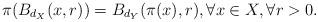
LaTeX: \begin{align*} \pi (B_{d_X} (x,r)) = B_{d_Y} (\pi(x), r), \forall x\in X, \forall r>0.\end{align*}